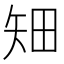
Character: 𥎴